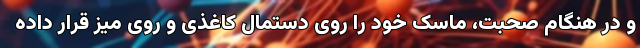
و در هنگام صحبت، ماسک خود را روی دستمال کاغذی و روی میز قرار داده